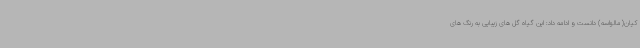
کیان(مالواسه) دانست و ادامه داد: این گیاه گل های زیبایی به رنگ های